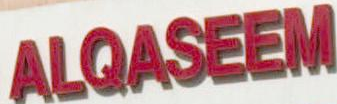
ALQASEEM